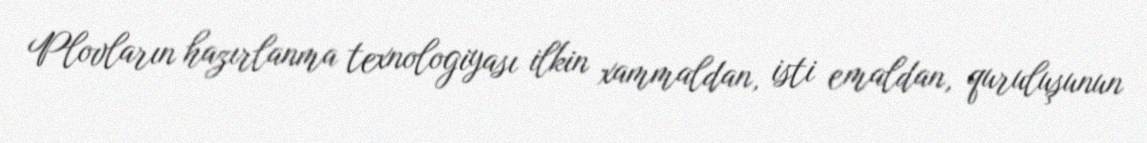
Plovların hazırlanma texnologiyası ilkin xammaldan, isti emaldan, quruluşunun